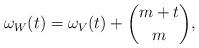
LaTeX: \begin{align*}\omega _{W} (t)=\omega _ {V} (t) + \binom{m+t}{m},\end{align*}